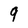
Character: 9